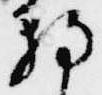
朝